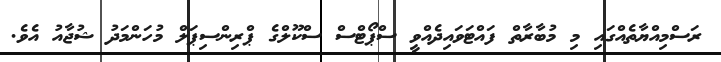
ރަސްމިއްޔާތެއްގައި މި މުބާރާތް ފައްޓަވައިދެއްވީ ސްޕޯޓްސް ސްކޫލްގެ ޕްރިންސިޕަލް މުހަންމަދު ޝުޖާއު އެވެ.